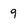
Character: q